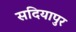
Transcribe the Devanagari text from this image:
सदियापुर